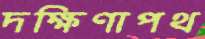
দক্ষিণাপথ